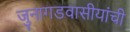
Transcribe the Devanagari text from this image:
जुनागडवासीयांची